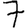
Digit: 7